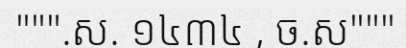
""".ស. ១៤៣៤ , ច.ស"""